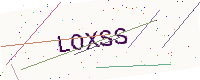
Text: LOXSS